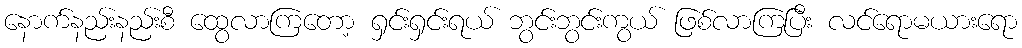
နောက်နည်းနည်းစီ ထွေလာကြတော့ ရှင်းရှင်းရယ် ဘွင်းဘွင်းကွယ် ဖြစ်လာကြပြီး လင်ရောမယားရော